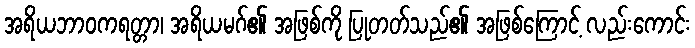
အရိယဘာဝကရတ္တာ၊ အရိယမဂ်၏ အဖြစ်ကို ပြုတတ်သည်၏ အဖြစ်ကြောင့် လည်းကောင်း